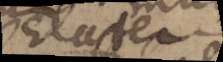
Elater